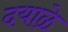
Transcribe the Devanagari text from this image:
दयाळे